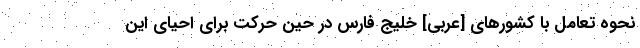
نحوه تعامل با کشورهای [عربی] خلیج فارس در حین حرکت برای احیای این